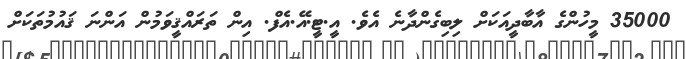
35000 މީހުންގެ އާބާދީއަކަށް ލިބިގެންދާނެ އެވެ. އީ.ޓީ.އޭ.އެފް. އިން ތަރައްޤީވަމުން އަންނަ ޤައުމުތަކަށް